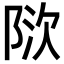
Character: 𬯃